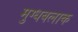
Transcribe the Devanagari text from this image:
मुग्धबलाक